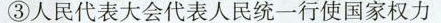
③人民代表大会代表人民统一行使国家权力